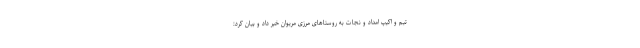
تیم و اکیپ امداد و نجات به روستاهای مرزی مریوان خبر داد و بیان کرد: